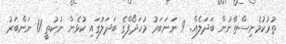
ތުރުކުމެނިސްތާނުން ބަދަލެއް. 9 ނަނަބަރު މުހަދޯފްގެ ބަދަލުގައި ކުޅެން ނުކުތީ 11 ނަންބަރު